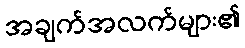
အချက်အလက်များ၏